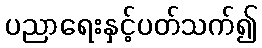
ပညာရေးနှင့်ပတ်သက်၍